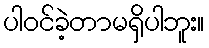
ပါဝင်ခဲ့တာမရှိပါဘူး။